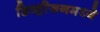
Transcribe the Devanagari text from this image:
डिव्हीजनमध्ये